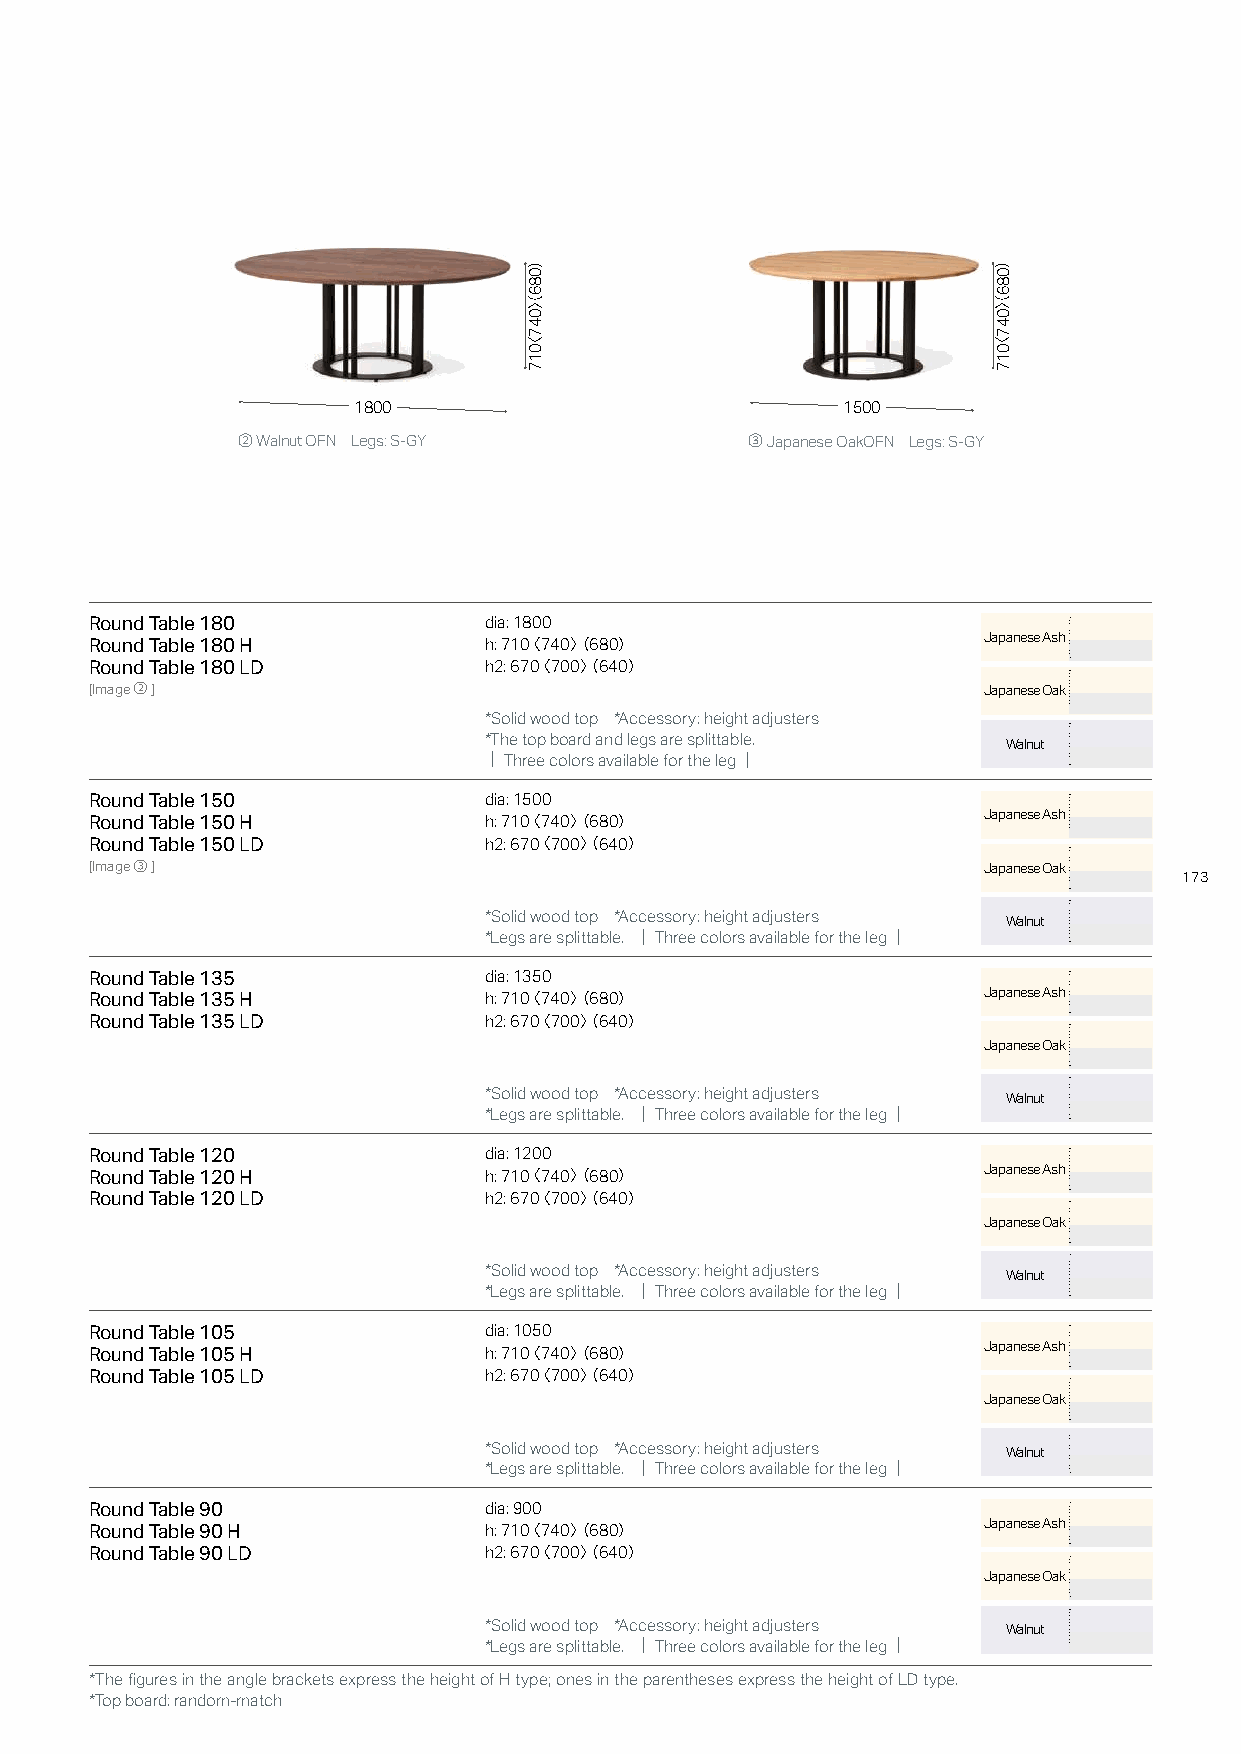
1800                             1500
 ② Walnut OFN Legs: S-GY           ③ Japanese OakOFN Legs: S-GY
 Round Table 180           dia: 1800
 Japanese Ash
 Round Table 180 H         h: 710〈 740〉（ 680）
 Round Table 180 LD        h2: 670〈 700〉（ 640）
 [Image②]                                                   Japanese Oak
 *Solid wood top *Accessory: height adjusters
 *The top board and legs are splittable. Walnut
 ｜Three colors available for the leg｜
 Round Table 150           dia: 1500
 Japanese Ash
 Round Table 150 H         h: 710〈 740〉（ 680）
 Round Table 150 LD        h2: 670〈 700〉（ 640）
 [Image③]                                                   Japanese Oak
 173
 *Solid wood top *Accessory: height adjusters Walnut
 *Legs are splittable. ｜Three colors available for the leg｜
 Round Table 135           dia: 1350
 Japanese Ash
 Round Table 135 H         h: 710〈 740〉（ 680）
 Round Table 135 LD        h2: 670〈 700〉（ 640）
 Japanese Oak
 *Solid wood top *Accessory: height adjusters Walnut
 *Legs are splittable. ｜Three colors available for the leg｜
 Round Table 120           dia: 1200
 Japanese Ash
 Round Table 120 H         h: 710〈 740〉（ 680）
 Round Table 120 LD        h2: 670〈 700〉（ 640）
 Japanese Oak
 *Solid wood top *Accessory: height adjusters Walnut
 *Legs are splittable. ｜Three colors available for the leg｜
 Round Table 105           dia: 1050
 Japanese Ash
 Round Table 105 H         h: 710〈 740〉（ 680）
 Round Table 105 LD        h2: 670〈 700〉（ 640）
 Japanese Oak
 *Solid wood top *Accessory: height adjusters Walnut
 *Legs are splittable. ｜Three colors available for the leg｜
 Round Table 90            dia: 900
 Japanese Ash
 Round Table 90 H          h: 710〈 740〉（ 680）
 Round Table 90 LD         h2: 670〈 700〉（ 640）
 Japanese Oak
 *Solid wood top *Accessory: height adjusters Walnut
 *Legs are splittable. ｜Three colors available for the leg｜
 *The figures in the angle brackets express the height of H type; ones in the parentheses express the height of LD type.
 *Top board: random-match
 ）086〉（047〈017                  ）086〉（047〈017